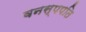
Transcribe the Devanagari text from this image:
वनस्पपति